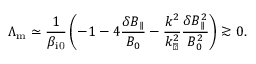
\Lambda _ { \mathrm { m } } \simeq \frac { 1 } { \beta _ { \mathrm { i 0 } } } \left( - 1 - 4 \frac { \delta B _ { \parallel } } { B _ { 0 } } - \frac { k ^ { 2 } } { k _ { \perp } ^ { 2 } } \frac { \delta B _ { \parallel } ^ { 2 } } { B _ { 0 } ^ { 2 } } \right) \gtrsim 0 .